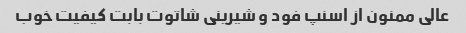
عالی ممنون از اسنپ فود و شیرینی شاتوت بابت کیفیت خوب